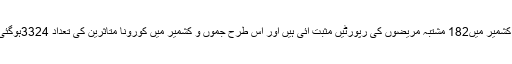
جمعہ کو7حاملہ خواتین، 5ڈاکٹروں اور3پولیس اہلکاروں سمیت جموں و کشمیر میں182 مشتبہ مریضوں کی رپورٹیں مثبت آئی ہیں اور اس طرح جموں و کشمیر میں کورونا متاثرین کی تعداد 3324ہوگئی ہے جن میں سے809جموں جبکہ 2515کشمیر سے تعلق رکھتے ہیں۔